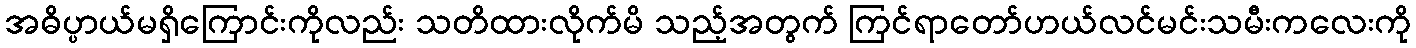
အဓိပ္ပာယ်မရှိကြောင်းကိုလည်း သတိထားလိုက်မိ သည့်အတွက် ကြင်ရာတော်ဟယ်လင်မင်းသမီးကလေးကို